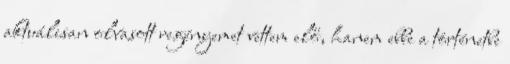
aktuálisan olvasott regényemet vettem elő, hanem ebbe a történetbe